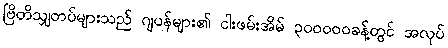
ဗြိတိသျှတပ်များသည် ဂျပန်များ၏ ငါးဖမ်းအိမ် ၃၀၀၀၀၀ခန့်တွင် အလုပ်